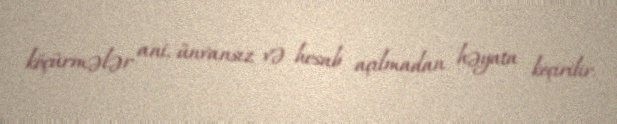
köçürmələr ani, ünvansız və hesab açılmadan həyata keçirilir.